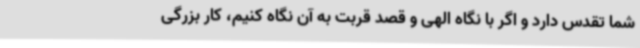
شما تقدس دارد و اگر با نگاه الهی و قصد قربت به آن نگاه کنیم، کار بزرگی